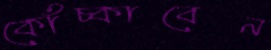
কোঁচ্‌কাবেন